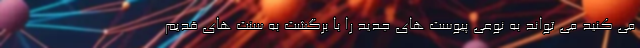
می کنید می تواند به نوعی پیوست های جدید را با برگشت به سنت های قدیم